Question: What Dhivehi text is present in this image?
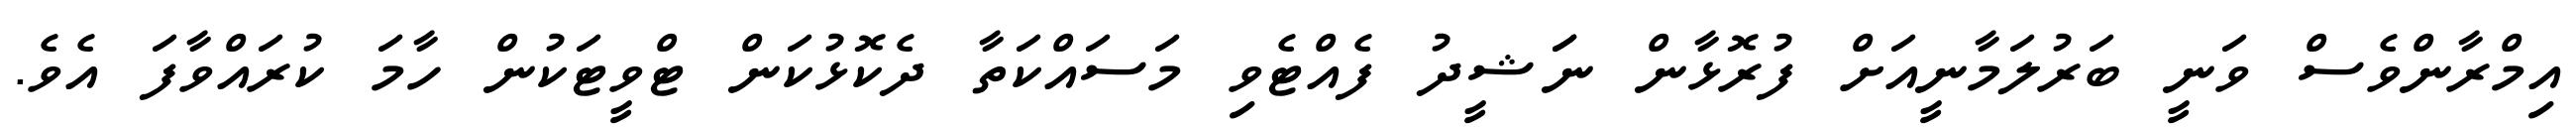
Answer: އިމްރާންވެސް ވަނީ ބަރުލަމާނީއަށް ފުރޮޅާން ނަަޝީދު ފެއްޓެވި މަސައްކަތާ ދެކޮޅުކަން ޓްވީޓަކުން ހާމަ ކުރައްވާފަ އެވެ.